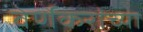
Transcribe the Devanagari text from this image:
वेर्णेकरांच्या